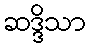
ဆဒ္ဒိသာ